Report on horse surra - Volume I
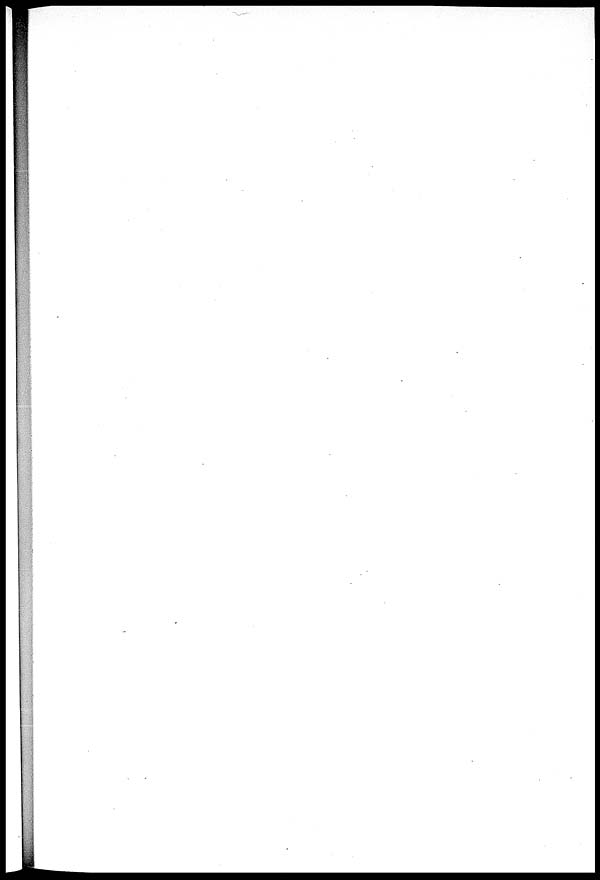
HORSE NO. LXXIV.
INTERNAL
SURFACE
OF
THE
LEFT
VENTRICLE
OF
THE
HEART.
SHEWING
EXTENSIVE
SUB-ENDOCARDIAL
EXTRAVASATIONS
OF
BLOOD.